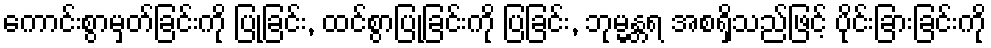
ကောင်းစွာမှတ်ခြင်းကို ပြုခြင်း, ထင်စွာပြုခြင်းကို ပြခြင်း, ဘုမ္မန္တရ အစရှိသည်ဖြင့် ပိုင်းခြားခြင်းကို